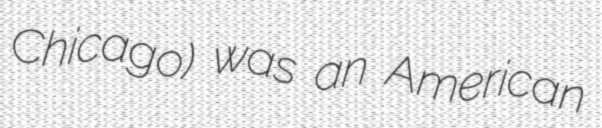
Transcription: Chicago) was an American